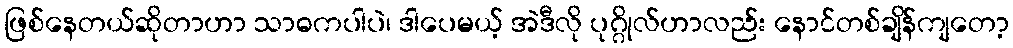
ဖြစ်နေတယ်ဆိုတာဟာ သာဓကပါပဲ၊ ဒါပေမယ့် အဲဒီလို ပုဂ္ဂိုလ်ဟာလည်း နောင်တစ်ချိန်ကျတော့